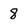
Character: 8